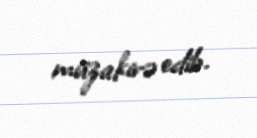
müzakirə edib.